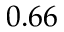
0 . 6 6